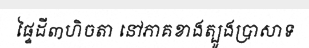
ផ្ទៃដី៣ហិចតា នៅភាគខាងត្បូងប្រាសាទ